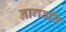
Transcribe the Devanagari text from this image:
नागवलि